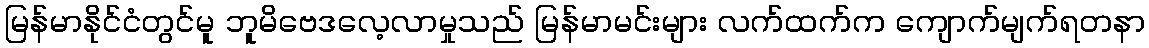
မြန်မာနိုင်ငံတွင်မူ ဘူမိဗေဒလေ့လာမှုသည် မြန်မာမင်းများ လက်ထက်က ကျောက်မျက်ရတနာ